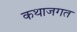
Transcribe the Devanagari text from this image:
कथाजगत